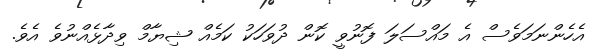
އެހެންނަމަވެސް އެ މައްސަލަ ފޮނުވީ ކޮން ދުވަހަކު ކަމެއް ޝިޔާމް ވިދާޅެއްނުވެ އެވެ.